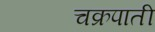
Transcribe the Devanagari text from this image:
चक्रपाती